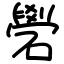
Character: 礐